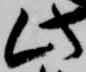
此